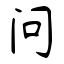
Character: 问